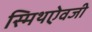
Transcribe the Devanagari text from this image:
स्मिथऐवजी